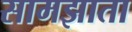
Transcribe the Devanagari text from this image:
सामझाता